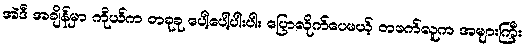
အဲဒီ အချိန်မှာ ကိုယ်က တခုခု ပေါ့ပေါ့ပါးပါး ပြောလိုက်ပေမယ့် တဖက်လူက အများကြီး